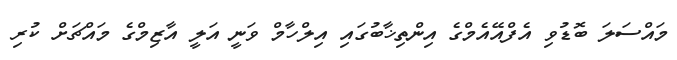
މައްސަލަ ބޮޑުވި އެފްއޭއެމްގެ އިންތިޚާބުގައި އިލްހާމް ވަނީ އަލީ އާޒިމްގެ މައްޗަށް ކުރި